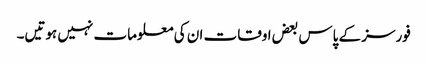
فورسز کے پاس بعض اوقات ان کی معلومات نہیں ہوتیں۔